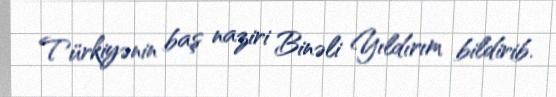
Türkiyənin baş naziri Binəli Yıldırım bildirib.